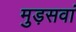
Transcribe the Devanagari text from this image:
मुड़सवां